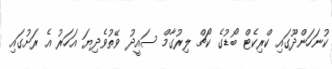
ކުނަހަންދޫގައި ކްރިކެޓް ބޯޑުގެ ކޯޗް ލިރުގާމް ސައީދު ވޭތުވެދިޔަ އަހަރު އެ ރަށުގައި